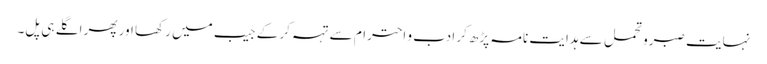
نہایت صبرو تحمل سے ہدایت نامہ پڑھ کر ادب و احترام سے تہہ کر کے جیب میں رکھا اور پھر اگلے ہی پل۔